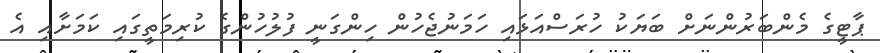
ޕާޓީގެ މެންބަރުންނަށް ބަޔަކު ހުރަސްއަޅައި ހަމަނުޖެހުން ހިންގަނީ ފުލުހުންގެ ކުރިމަތީގައި ކަމަށާއި އެ